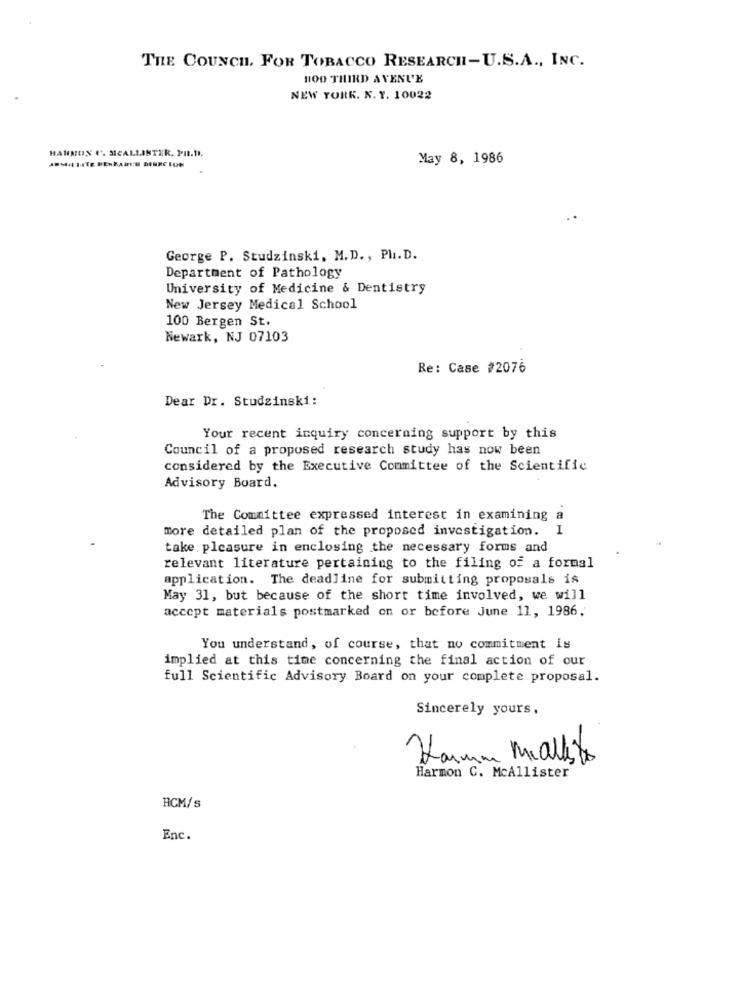
THE COUNCH. FOR TOBACCO RESEARCH-U.S.A ., INC.
100 THIRD AVENUE
NEW YORK. N. Y. 10022
HARNON C'. SICALLISTER, PH.D.
ARMIITATE FERRARI'S DANKE FUN
May 8, 1986
George P. Studzinski, M.D ., Ph. D.
Department of Pathology
University of Medicine & Dentistry
New Jersey Medical School
100 Bergen St.
Newark, NJ 07103
Re: Case #2076
Dear Dr. Studzinski:
Your recent inquiry concerning support by this
Council of a proposed research study has now been
considered by the Executive Committee of the Scientific
Advisory Board.
The Committee expressed interest in examining a
more detailed plan of the proposed investigation. I
take pleasure in enclosing the necessary forms and
relevant literature pertaining to the filing of a formal
application. The deadline for submitting proposals is
May 31, but because of the short time involved, we will
accept materials postmarked on or before June 11, 1986.
You understand, of course, that no commitment is
implied at this time concerning the final action of our
full Scientific Advisory Board on your complete proposal.
Sincerely yours,
Harum Malkto
Harmon C. McAllister
HCM/s
Enc.